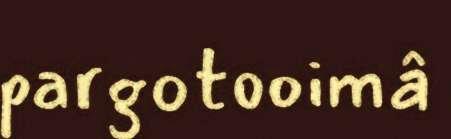
pargotooimâ